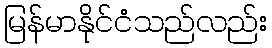
မြန်မာနိုင်ငံသည်လည်း